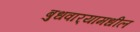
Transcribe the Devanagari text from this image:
बुधवार्‍यामधील